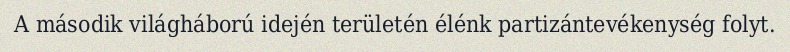
A második világháború idején területén élénk partizántevékenység folyt.